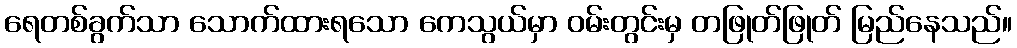
ရေတစ်ခွက်သာ သောက်ထားရသော ကေသွယ်မှာ ဝမ်းတွင်းမှ တဖြုတ်ဖြုတ် မြည်နေသည်။